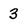
Character: 3